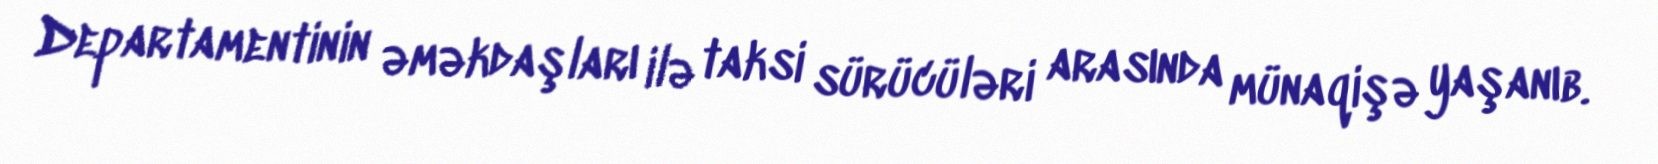
Departamentinin əməkdaşları ilə taksi sürücüləri arasında münaqişə yaşanıb.